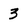
Character: 3